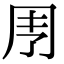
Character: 𠄗